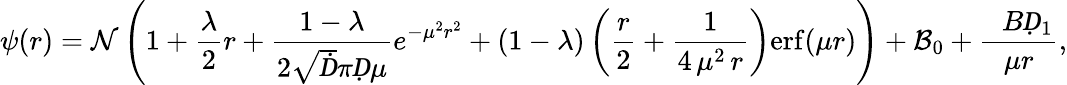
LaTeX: \psi(r)=\mathcal{N}\left(1+\frac{\lambda}{2}r+\frac{1-\lambda}{2\sqrt Ḋ\pi Ḍ\mu}e^{-\mu^{2}r^{2}}+(1-\lambda)\left(\frac{r}{2}+\frac{1}{4\, \mu^{2}\, r}\right)\mathrm{erf}(\mu r)\right)+\mathcal{B}_{0}+\frac{\mathcal ḊBḌ_{1}}{\mu r},